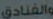
والفنادق